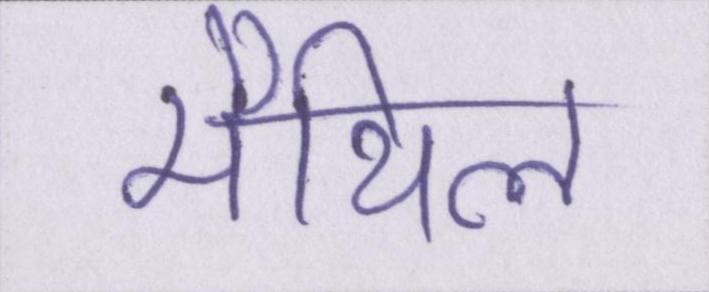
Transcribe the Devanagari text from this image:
मैथिल